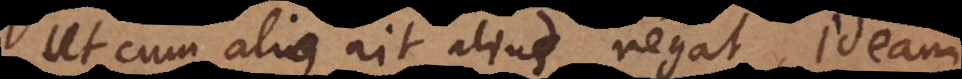
ut cum alius ait alius negat, ideam